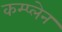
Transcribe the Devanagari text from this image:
कम्प्लेन